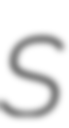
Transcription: S